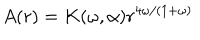
LaTeX: A ( r ) = K ( \omega , \alpha ) r ^ { 4 \omega / ( 1 + \omega ) }